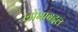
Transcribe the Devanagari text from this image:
लोभाबद्दल